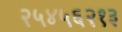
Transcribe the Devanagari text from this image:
२५४५६२१३